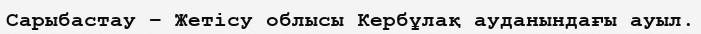
Сарыбастау – Жетісу облысы Кербұлақ ауданындағы ауыл.